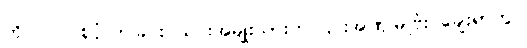
ကို၂၀၁၇ စုပုံလာခြင်း ယင်းအမျိုးသားက ၎င်းအဏုမြူဗုံး ချေးရာတွင်